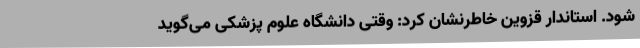
شود. استاندار قزوین خاطرنشان کرد: وقتی دانشگاه علوم پزشکی می‌گوید